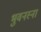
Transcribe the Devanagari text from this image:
भुवनस्ना